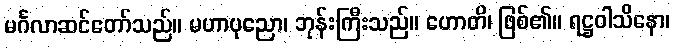
မင်္ဂလာဆင်တော်သည်။ မဟာပုညော၊ ဘုန်းကြီးသည်။ ဟောတိ၊ ဖြစ်၏။ ရဋ္ဌဝါသိနော၊